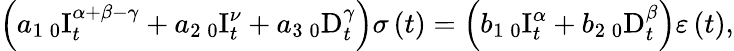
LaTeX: \left(a_{1}\, _{0}\mathrm{I}_{t}^{\alpha+\beta-\gamma}+a_{2}\, _{0}\mathrm{I}_{t}^{\nu}+a_{3}\, _{0}\mathrm{D}_{t}^{\gamma}\right)\sigma\left(t\right)=\left(b_{1}\, _{0}\mathrm{I}_{t}^{\alpha}+b_{2}\, _{0}\mathrm{D}_{t}^{\beta}\right)\varepsilon\left(t\right),